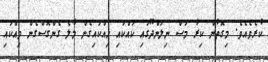
ކުރެވެއެވެ. މިގޮތުން ކިރާ މަސް ނިލަންދޫގައި ކައްކައި ހިއްކައިގެން މާލެ ގެންގޮސްގެން ވިއްކައި